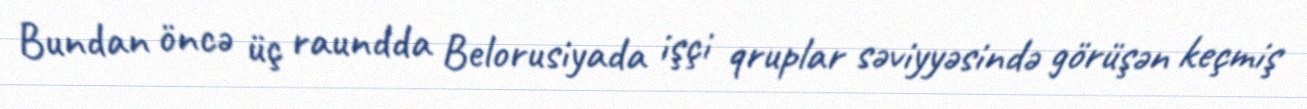
Bundan öncə üç raundda Belorusiyada işçi qruplar səviyyəsində görüşən keçmiş